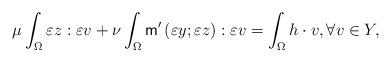
LaTeX: \begin{align*} \mu \int_{\Omega} \varepsilon z : \varepsilon v +\nu\int_{\Omega} \mathsf{m}'\left( \varepsilon y;\varepsilon z \right) : \varepsilon v = \int_{\Omega} h \cdot v, \forall v \in Y, \end{align*}